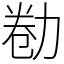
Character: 勌